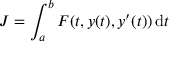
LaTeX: J = \int _ { a } ^ { b } F ( t , y ( t ) , y ^ { \prime } ( t ) ) \, \mathrm { d } t